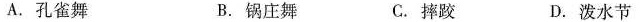
A.孔雀舞 B.锅庄舞 C.摔跤 D.泼水节